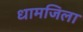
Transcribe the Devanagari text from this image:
धामजिला